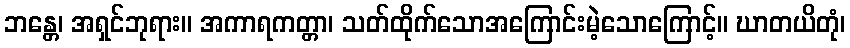
ဘန္တေ၊ အရှင်ဘုရား။ အကာရကတ္တာ၊ သတ်ထိုက်သောအကြောင်းမဲ့သောကြောင့်။ ဃာတယိတုံ၊